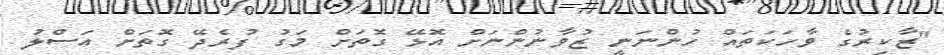
"ޒާކިރުގެ ވާހަކަތައް ހުންނަނީ ޒުވާނުންނަށް އޮޅޭ ގޮތަށް މަގު ފުރެދޭ ގޮތަށް އަސްލު